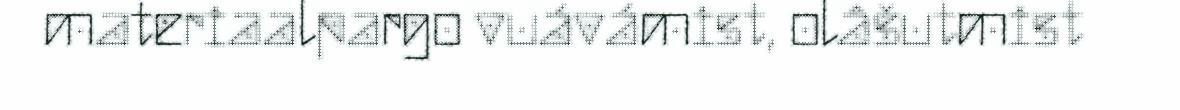
materiaalpargo vuávámist, olâšutmist